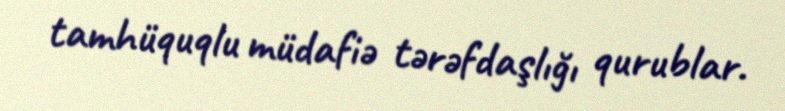
tamhüquqlu müdafiə tərəfdaşlığı qurublar.